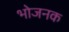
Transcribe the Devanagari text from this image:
भोजनक